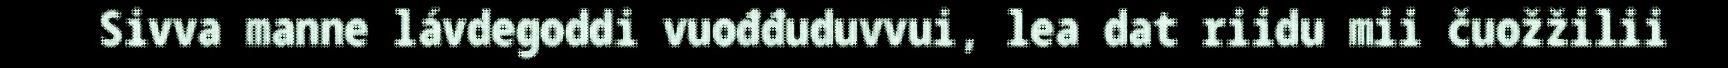
Sivva manne lávdegoddi vuođđuduvvui, lea dat riidu mii čuožžilii